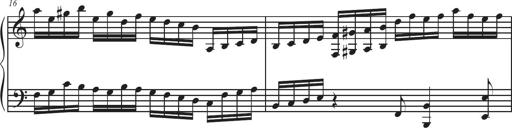
Title: Sonatina Espania
Composer: Jerald Franklin Archer
Key: Various